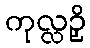
ကုလ္လဉှိ